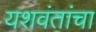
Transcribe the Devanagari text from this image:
यशवंतांचा